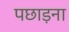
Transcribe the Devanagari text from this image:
पछाड़ना